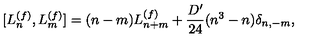
[ L _ { n } ^ { ( f ) } , L _ { m } ^ { ( f ) } ] = ( n - m ) L _ { n + m } ^ { ( f ) } + \frac { D ^ { \prime } } { 2 4 } ( n ^ { 3 } - n ) \delta _ { n , - m } ,